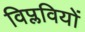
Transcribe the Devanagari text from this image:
विप्लवियों